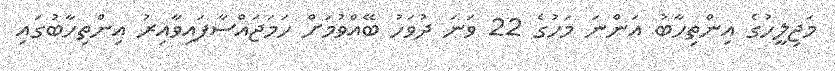
މަޖިލީހުގެ އިންތިހާބު އަންނަ މަހުގެ 22 ވަނަ ދުވަހު ބޭއްވުމަށް ހަމަޖައްސާފައިވާއިރު އިންތިހާބުގައި